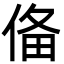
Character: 俻